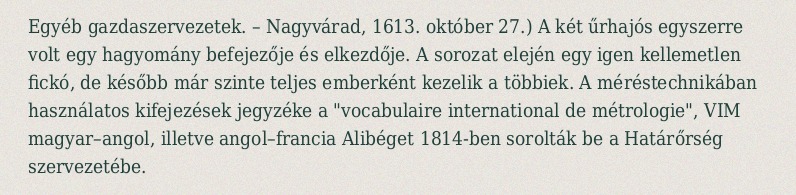
Egyéb gazdaszervezetek. – Nagyvárad, 1613. október 27.) A két űrhajós egyszerre volt egy hagyomány befejezője és elkezdője. A sorozat elején egy igen kellemetlen fickó, de később már szinte teljes emberként kezelik a többiek. A méréstechnikában használatos kifejezések jegyzéke a "vocabulaire international de métrologie", VIM magyar–angol, illetve angol–francia Alibéget 1814-ben sorolták be a Határőrség szervezetébe.